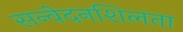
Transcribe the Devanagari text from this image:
सन्वेदनशिलता